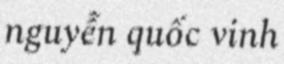
nguyễn quốc vinh